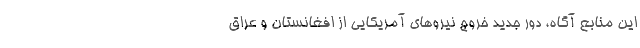
این منابع آگاه، دور جدید خروج نیروهای آمریکایی از افغانستان و عراق